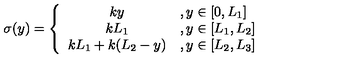
\sigma ( y ) = \left\{ \begin{array} { c l } { { k y } } & { , y \in \lbrack 0 , L _ { 1 } ] } \\ { { k L _ { 1 } } } & { , y \in \lbrack L _ { 1 } , L _ { 2 } ] } \\ { { k L _ { 1 } + k ( L _ { 2 } - y ) } } & { , y \in \lbrack L _ { 2 } , L _ { 3 } ] } \\ \end{array} \right. \